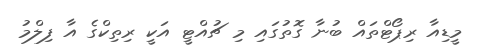
މީޑިއާ ރިޕޯޓްތައް ބުނާ ގޮތުގައި މި ޗުއްޓީ އަކީ ރިތިކްގެ އާ ފިލްމު